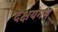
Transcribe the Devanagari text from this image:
दक्षयंगम